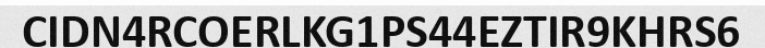
CIDN4RCOERLKG1PS44EZTIR9KHRS6